Report on vaccination proceedings throughout the Government of Bengal -
Year: 1868
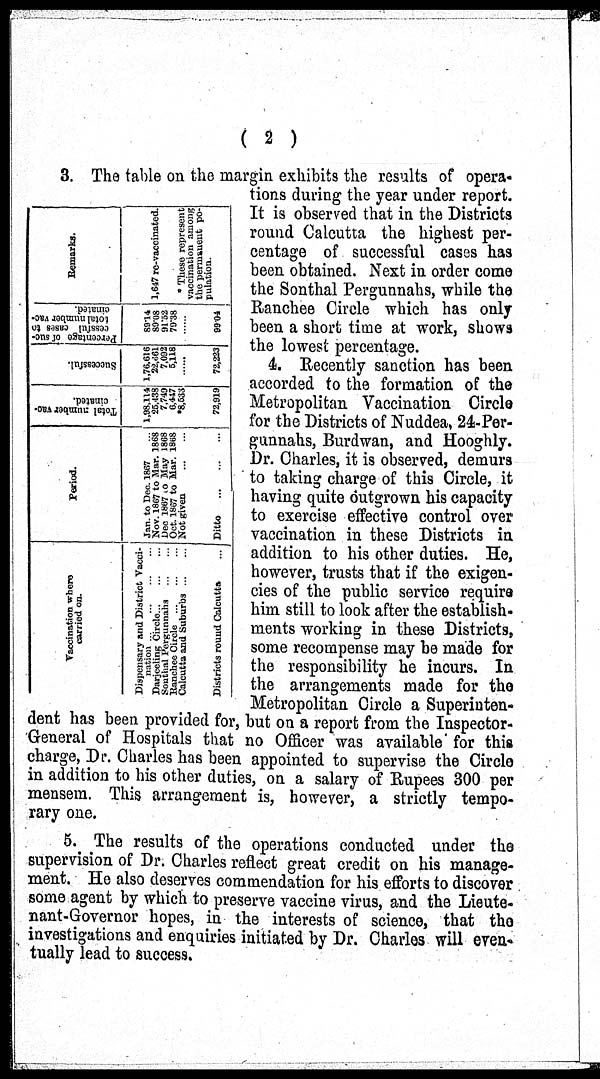
( 2 )
Vaccination where
carried on.
Dispensary and District Vacci-
nation
...
...
...
...
Darjeeling Circle ... ... ...
Sonthal Pergunnahs ... ...
Ranchee Circle ... ...
Dalcutta and Suburbs ... ...
Districts round Calcutta ...
Period.
Jan. to Dec 1867
Nov. 1867 to Mar. 1868
Dec 1867 to May 1868
Oct. 1867 to Mar. 1868
Not given ... ...
Ditto
Total number vac-
cinated.
1,98,114
25,438
7,749
6,447
*8,533
72,919
Successful.
1,76,616
22,661
7,092
5,118
....
72,223
Percentage of suc-
cessful cases to
total number vac-
cinated.
89.14
89.08
91.52
79.38
...
99.04
Remarks.
1,647 re-vaccinated.
* These represent
vaccination among
the permanent po-
3. The table on the margin exhibits the results of opera-
tions during the year under report.
It is observed that in the Districts
round Calcutta the highest per-
centage of successful cases has
been obtained. Next in order come
the Sonthal Pergunnahs, while the
Ranchee Circle which has only
been a short time at work, shows
the lowest percentage.
4. Recently sanction has been
accorded to the formation of the
Metropolitan Vaccination Circle
for the Districts of Nuddea, 24-Per-
gunnahs, Burdwan, and Hooghly.
Dr. Charles, it is observed, demurs
to taking charge of this Circle, it
having quite outgrown his capacity
to exercise effective control over
vaccination in these Districts in
addition to his other duties. He,
however, trusts that if the exigen-
cies of the public service require
him still to look after the establish-
ments working in these Districts,
some recompense may be made for
the responsibility he incurs. In
the arrangements made for the
Metropolitan Circle a Superinten-
dent has been provided for, but on a report from the Inspector-
General of Hospitals that no Officer was available for this
charge, Dr. Charles has been appointed to supervise the Circle
in addition to his other duties, on a salary of Rupees 300 per
mensem. This arrangement is, however, a strictly tempo-
rary one.
5. The results of the operations conducted under the
supervision of Dr. Charles reflect great credit on his manage-
ment. He also deserves commendation for his efforts to discover
some agent by which to preserve vaccine virus, and the Lieute-
nant-Governor hopes, in the interests of science, that the
investigations and enquiries initiated by Dr. Charles will even-
tually lead to success.